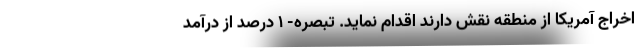
اخراج آمریکا از منطقه نقش دارند اقدام نماید. تبصره- ۱ درصد از درآمد